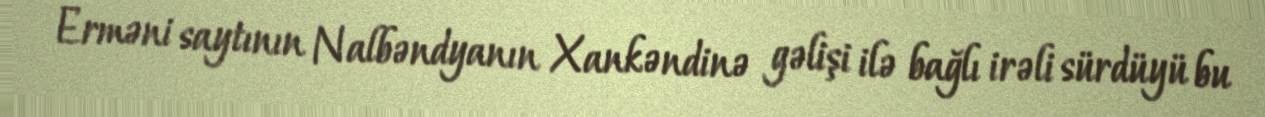
Erməni saytının Nalbəndyanın Xankəndinə gəlişi ilə bağlı irəli sürdüyü bu